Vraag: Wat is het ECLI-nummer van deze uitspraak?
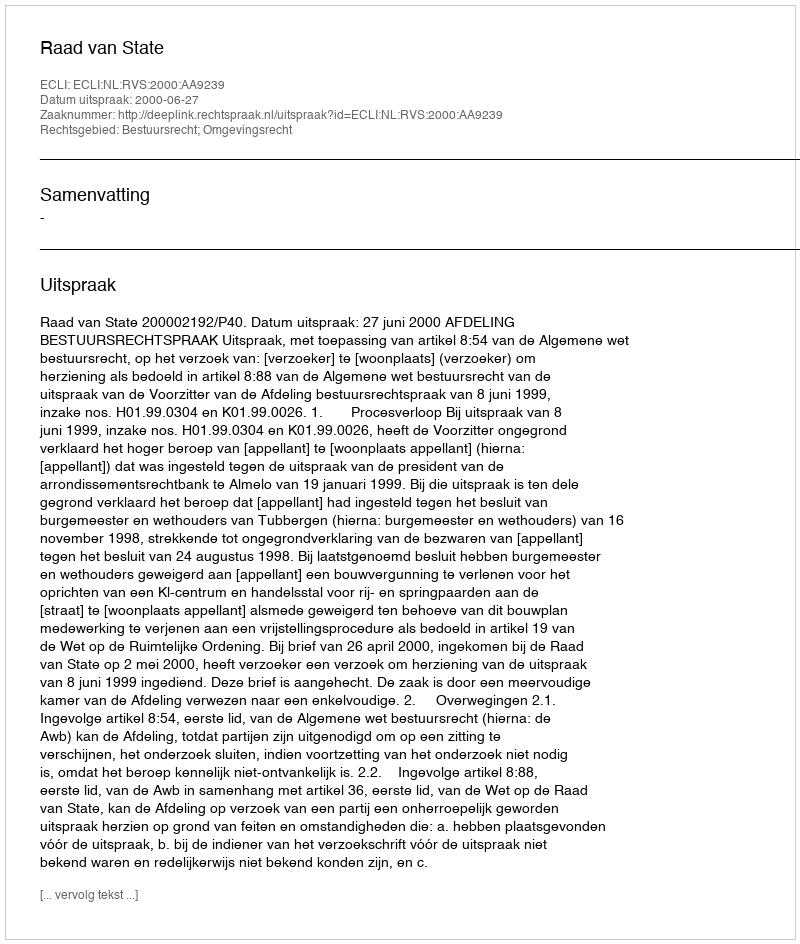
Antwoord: ECLI:NL:RVS:2000:AA9239